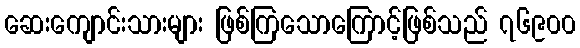
ဆေးကျောင်းသားများ ဖြစ်ကြသောကြောင့်ဖြစ်သည် ၇၆၉၀၀